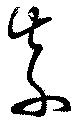
紫